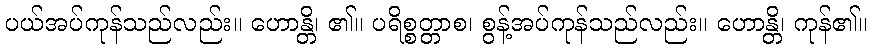
ပယ်အပ်ကုန်သည်လည်း။ ဟောန္တိ၊ ၏။ ပရိစ္စတ္တာစ၊ စွန့်အပ်ကုန်သည်လည်း။ ဟောန္တိ၊ ကုန်၏။